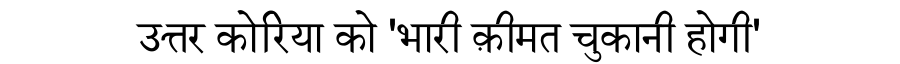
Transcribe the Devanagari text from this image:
उत्तर कोरिया को 'भारी क़ीमत चुकानी होगी'